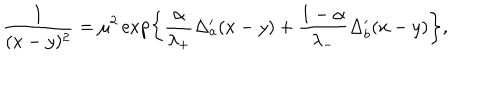
\frac { 1 } { ( x - y ) ^ { 2 } } = \mu ^ { 2 } \exp \left\{ \frac { \alpha } { \lambda _ { + } } \Delta _ { a } ^ { \prime } ( x - y ) + \frac { 1 - \alpha } { \lambda _ { - } } \Delta _ { b } ^ { \prime } ( x - y ) \right\} ,